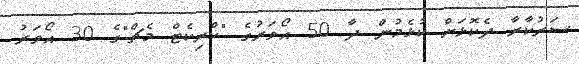
ސަރުކާރާ ދެކޮޅަށް ކުޅެމުން ދާ 50 އޯވަރުގެ "ކްރިކެޓް މެޗް"ގެ 30 އޯވަރު